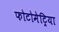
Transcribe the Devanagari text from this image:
फोटोमेट्रिया